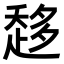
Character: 𧻬